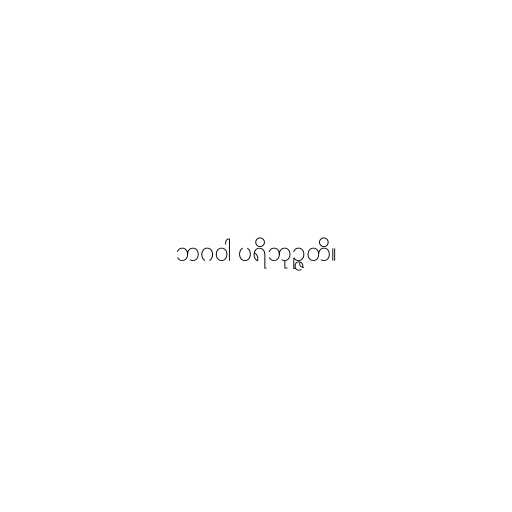
ဘဂဝါ ပရိဘုဉ္ဇတိ။